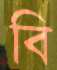
বি